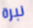
نبرة